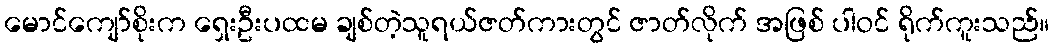
မောင်ကျော်စိုးက ရှေးဦးပထမ ချစ်တဲ့သူရယ်ဇတ်ကားတွင် ဇာတ်လိုက် အဖြစ် ပါဝင် ရိုက်ကူးသည်။